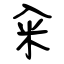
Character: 籴